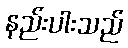
နည်းပါးသည်